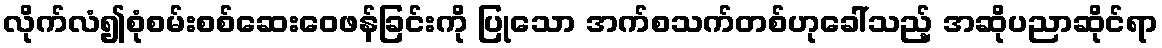
လိုက်လံ၍စုံစမ်းစစ်ဆေးဝေဖန်ခြင်းကို ပြုသော အက်စသက်တစ်ဟုခေါ်သည့် အဆိုပညာဆိုင်ရာ